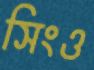
সিংও